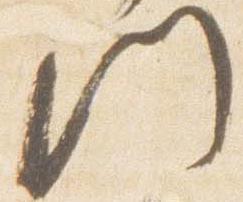
門